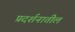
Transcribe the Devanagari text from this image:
प्रदर्शनातील